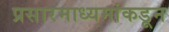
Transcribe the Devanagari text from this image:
प्रसारमाध्यमांकडून